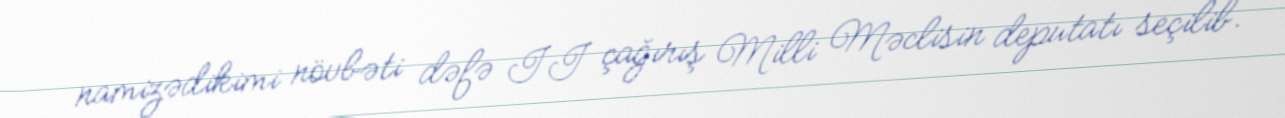
namizədikimi növbəti dəfə II çağırış Milli Məclisin deputatı seçilib.